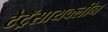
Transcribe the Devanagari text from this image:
टेट्रॅसायक्लीन